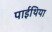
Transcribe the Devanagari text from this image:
पाईथिया